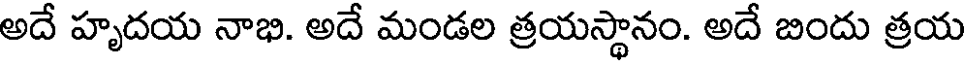
అదే హృదయ నాభి. అదే మండల త్రయస్థానం. అదే బిందు త్రయ